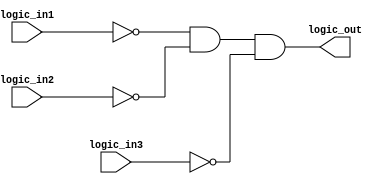
module open_drain_buffer (
    input wire logic_in1,
    input wire logic_in2,
    input wire logic_in3,
    output reg logic_out
);

always @(*) begin
    logic_out = ~logic_in1 & ~logic_in2 & ~logic_in3;
end

endmodule